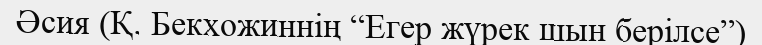
Әсия (Қ. Бекхожиннің “Егер жүрек шын берілсе”)